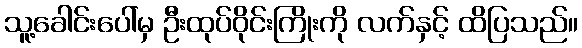
သူ့ခေါင်းပေါ်မှ ဦးထုပ်ဝိုင်းကြိုးကို လက်နှင့် ထိပြသည်။